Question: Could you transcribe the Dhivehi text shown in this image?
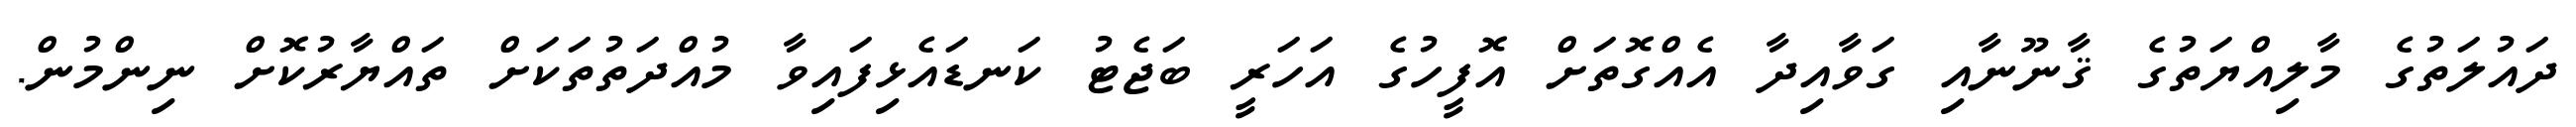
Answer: ދައުލަތުގެ މާލިއްޔަތުގެ ޤާނޫނާއި ގަވާއިދާ އެއްގޮތަށް އޮފީހުގެ އަހަރީ ބަޖެޓު ކަނޑައެޅިފައިވާ މުއްދަތުތަކަށް ތައްޔާރުކޮށް ނިންމުން.